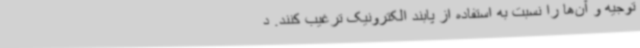
توجیه و آن‌ها را نسبت به استفاده از پابند الکترونیک ترغیب کنند. د